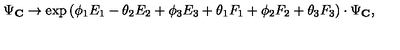
\Psi _ { \bf C } \rightarrow \exp { ( \phi _ { 1 } E _ { 1 } - \theta _ { 2 } E _ { 2 } + \phi _ { 3 } E _ { 3 } + \theta _ { 1 } F _ { 1 } + \phi _ { 2 } F _ { 2 } + \theta _ { 3 } F _ { 3 } ) } \cdot \Psi _ { \bf C } ,